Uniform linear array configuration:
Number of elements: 48
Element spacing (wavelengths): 0.75
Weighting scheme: hann
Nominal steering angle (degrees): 15
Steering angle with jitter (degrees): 16.536
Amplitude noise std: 0.05
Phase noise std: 0.05

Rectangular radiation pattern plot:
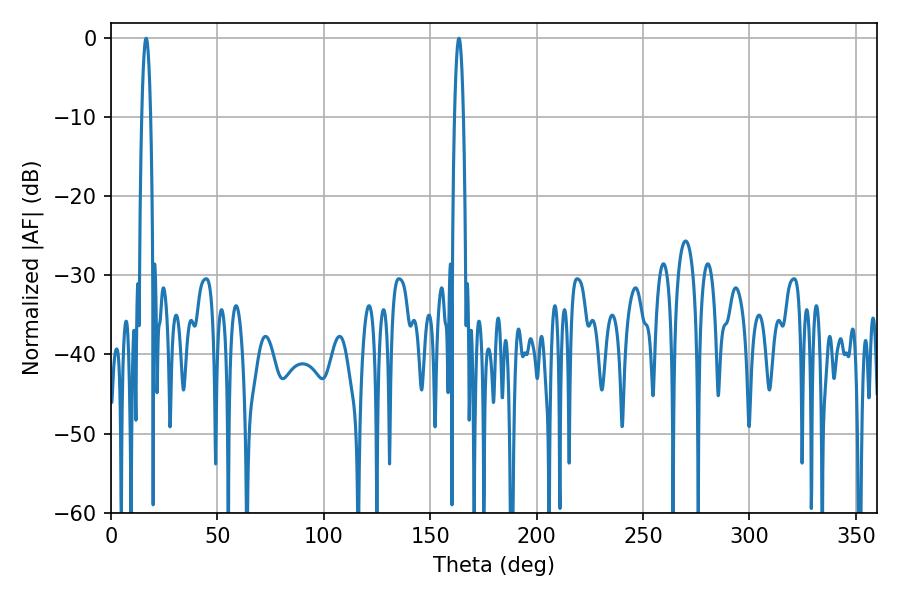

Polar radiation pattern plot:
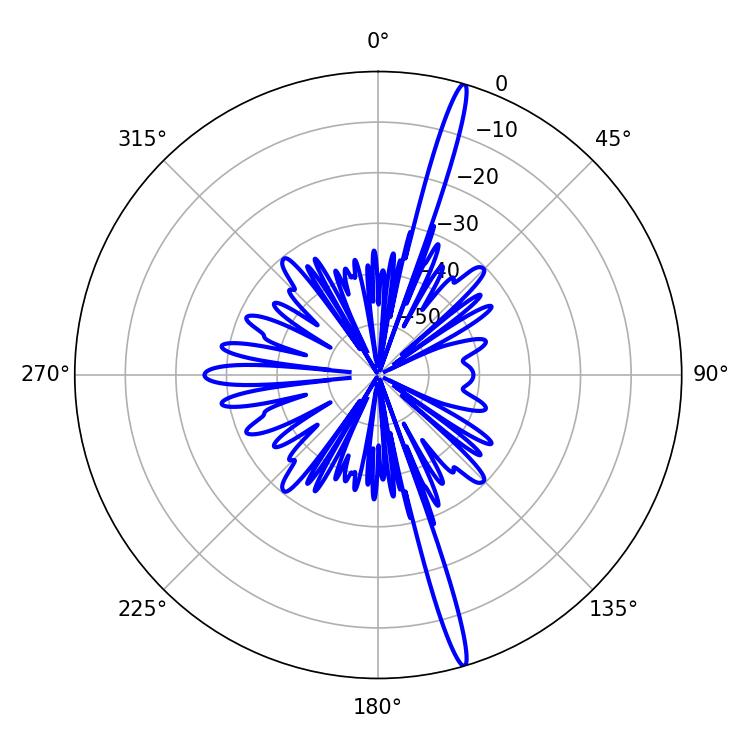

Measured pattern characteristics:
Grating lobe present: TRUE
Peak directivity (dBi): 19.125
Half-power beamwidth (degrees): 2.16
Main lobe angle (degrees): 163.44